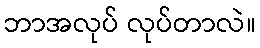
ဘာအလုပ် လုပ်တာလဲ။